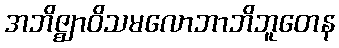
အဘိဇ္ဈာဝိသမလောဘာဘိဘူတေန